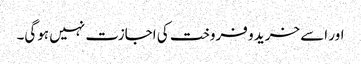
اور اسے خرید و فروخت کی اجازت نہیں ہوگی۔